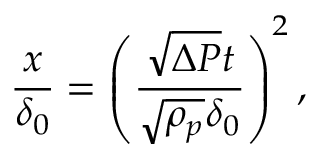
\frac { x } { \delta _ { 0 } } = \left( { \frac { \sqrt { \Delta P } t } { \sqrt { \rho _ { p } } \delta _ { 0 } } } \right) ^ { 2 } ,